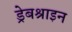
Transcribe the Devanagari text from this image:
ड्रेबश्राइन